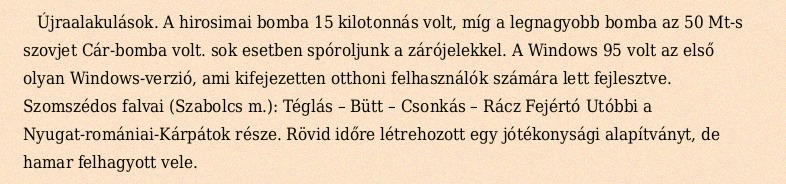
Újraalakulások. A hirosimai bomba 15 kilotonnás volt, míg a legnagyobb bomba az 50 Mt-s szovjet Cár-bomba volt. sok esetben spóroljunk a zárójelekkel. A Windows 95 volt az első olyan Windows-verzió, ami kifejezetten otthoni felhasználók számára lett fejlesztve. Szomszédos falvai (Szabolcs m.): Téglás – Bütt – Csonkás – Rácz Fejértó Utóbbi a Nyugat-romániai-Kárpátok része. Rövid időre létrehozott egy jótékonysági alapítványt, de hamar felhagyott vele.